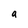
Character: a